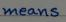
means